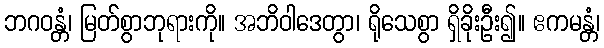
ဘဂဝန္တံ၊ မြတ်စွာဘုရားကို။ အဘိဝါဒေတွာ၊ ရိုသေစွာ ရှိခိုးဦး၍။ ဧကမန္တံ၊